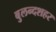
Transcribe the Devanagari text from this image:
बुलन्‍दशहर